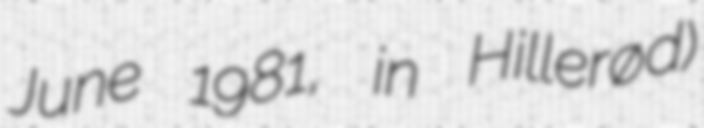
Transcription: June 1981, in Hillerød)